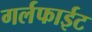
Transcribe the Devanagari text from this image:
गर्लफाईट